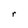
Character: r